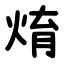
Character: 焴